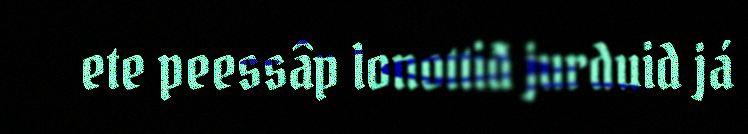
ete peessâp lonottiđ jurduid já